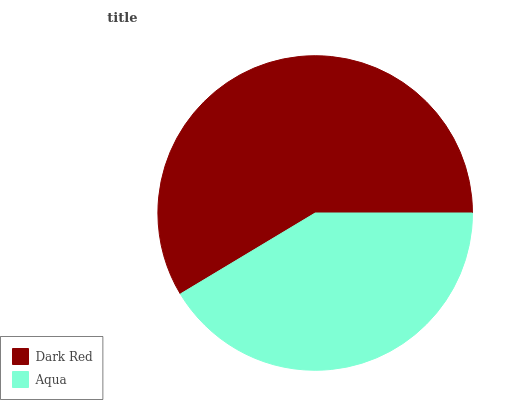
| Dark Red | Aqua |
 | --- | --- |
 | 58.6% | 41.4% |